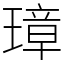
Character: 璋